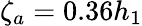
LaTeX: \zeta_{a}=0.36h_{1}